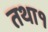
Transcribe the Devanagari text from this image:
तथा१